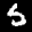
Label: 5